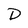
Character: D